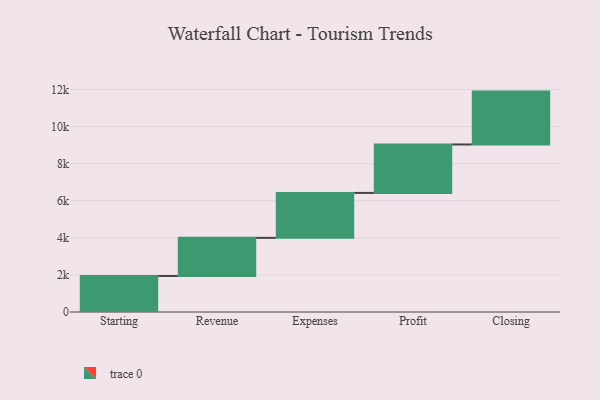
{"axis": {"x": "Step", "y": "Value"}, "legend": [""], "data": [{"x": "Starting", "y": 1943.0, "type": ""}, {"x": "Revenue", "y": 2055.0, "type": ""}, {"x": "Expenses", "y": 2424.0, "type": ""}, {"x": "Profit", "y": 2612.0, "type": ""}, {"x": "Closing", "y": 2851.0, "type": ""}]}